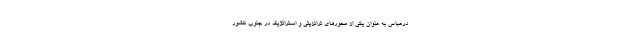
درعباس به عنوان یکی از محورهای ترانزیتی و استراتژیک در جنوب کشور